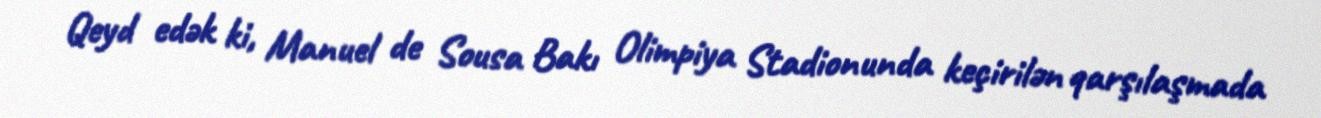
Qeyd edək ki, Manuel de Sousa Bakı Olimpiya Stadionunda keçirilən qarşılaşmada